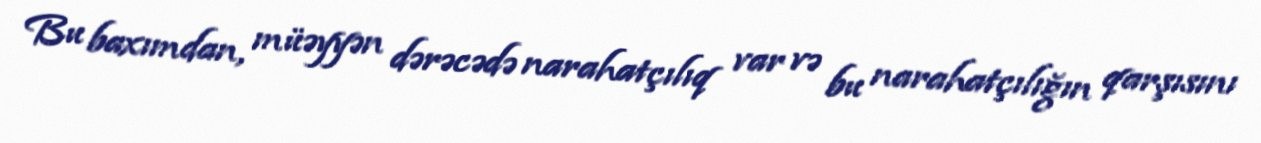
Bu baxımdan, müəyyən dərəcədə narahatçılıq var və bu narahatçılığın qarşısını